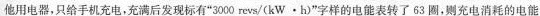
他用电器，只给手机充电，充满后发现标有”3000revs/(kW·h)”字样的电能表转了63圈，则充电消耗的电能